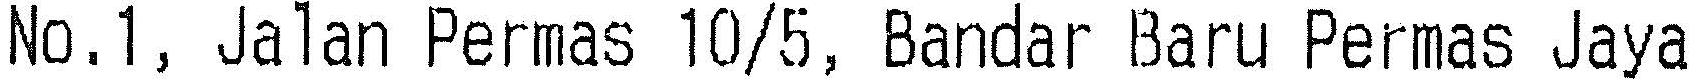
NO.1, JALAN PERMAS 10/5, BANDAR BARU PERMAS JAYA